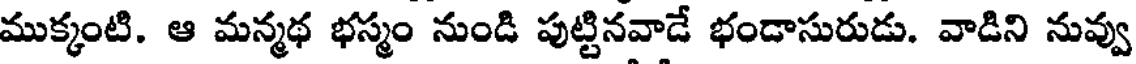
ముక్కంటి. ఆ మన్మథ భస్మం నుండి పుట్టినవాడే భండాసురుడు. వాడిని నువ్వు